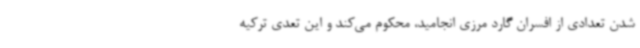
شدن تعدادی از افسران گارد مرزی انجامید، محکوم می‌کند و این تعدی ترکیه